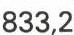
833,2